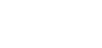
သင်္ခါဒိတွာ